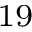
^ { 1 9 }